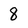
Character: 8